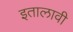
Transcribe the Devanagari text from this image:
इतालावी